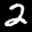
Label: 2